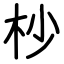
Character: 杪